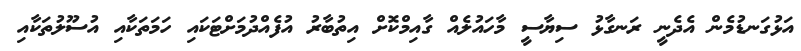
އަޅުގަނޑުމެން އެދެނީ ރަނގާޅު ސިޔާސީ މާހައުލެއް ގާއިމްކޮށް އިތުބާރު އުފެއްދުމަށްޓަކައި ހަމަތަކާއި އުސޫލުތަކާއި